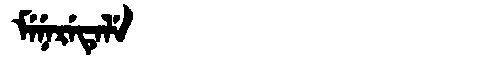
Manchu: ᠮᡝᠨᡝᡵᡝᡨᡝᠯᡝ
Romanization: MENERETELE